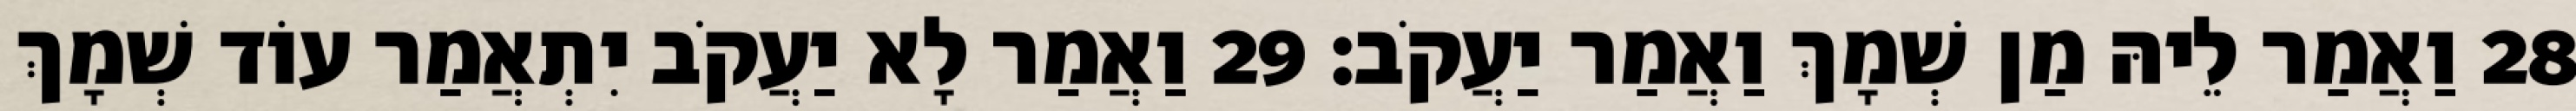
28 וַאֲמַר לֵיהּ מַן שְׁמָךְ וַאֲמַר יַעֲקֹב׃ 29 וַאֲמַר לָא יַעֲקֹב יִתְאֲמַר עוֹד שְׁמָךְ